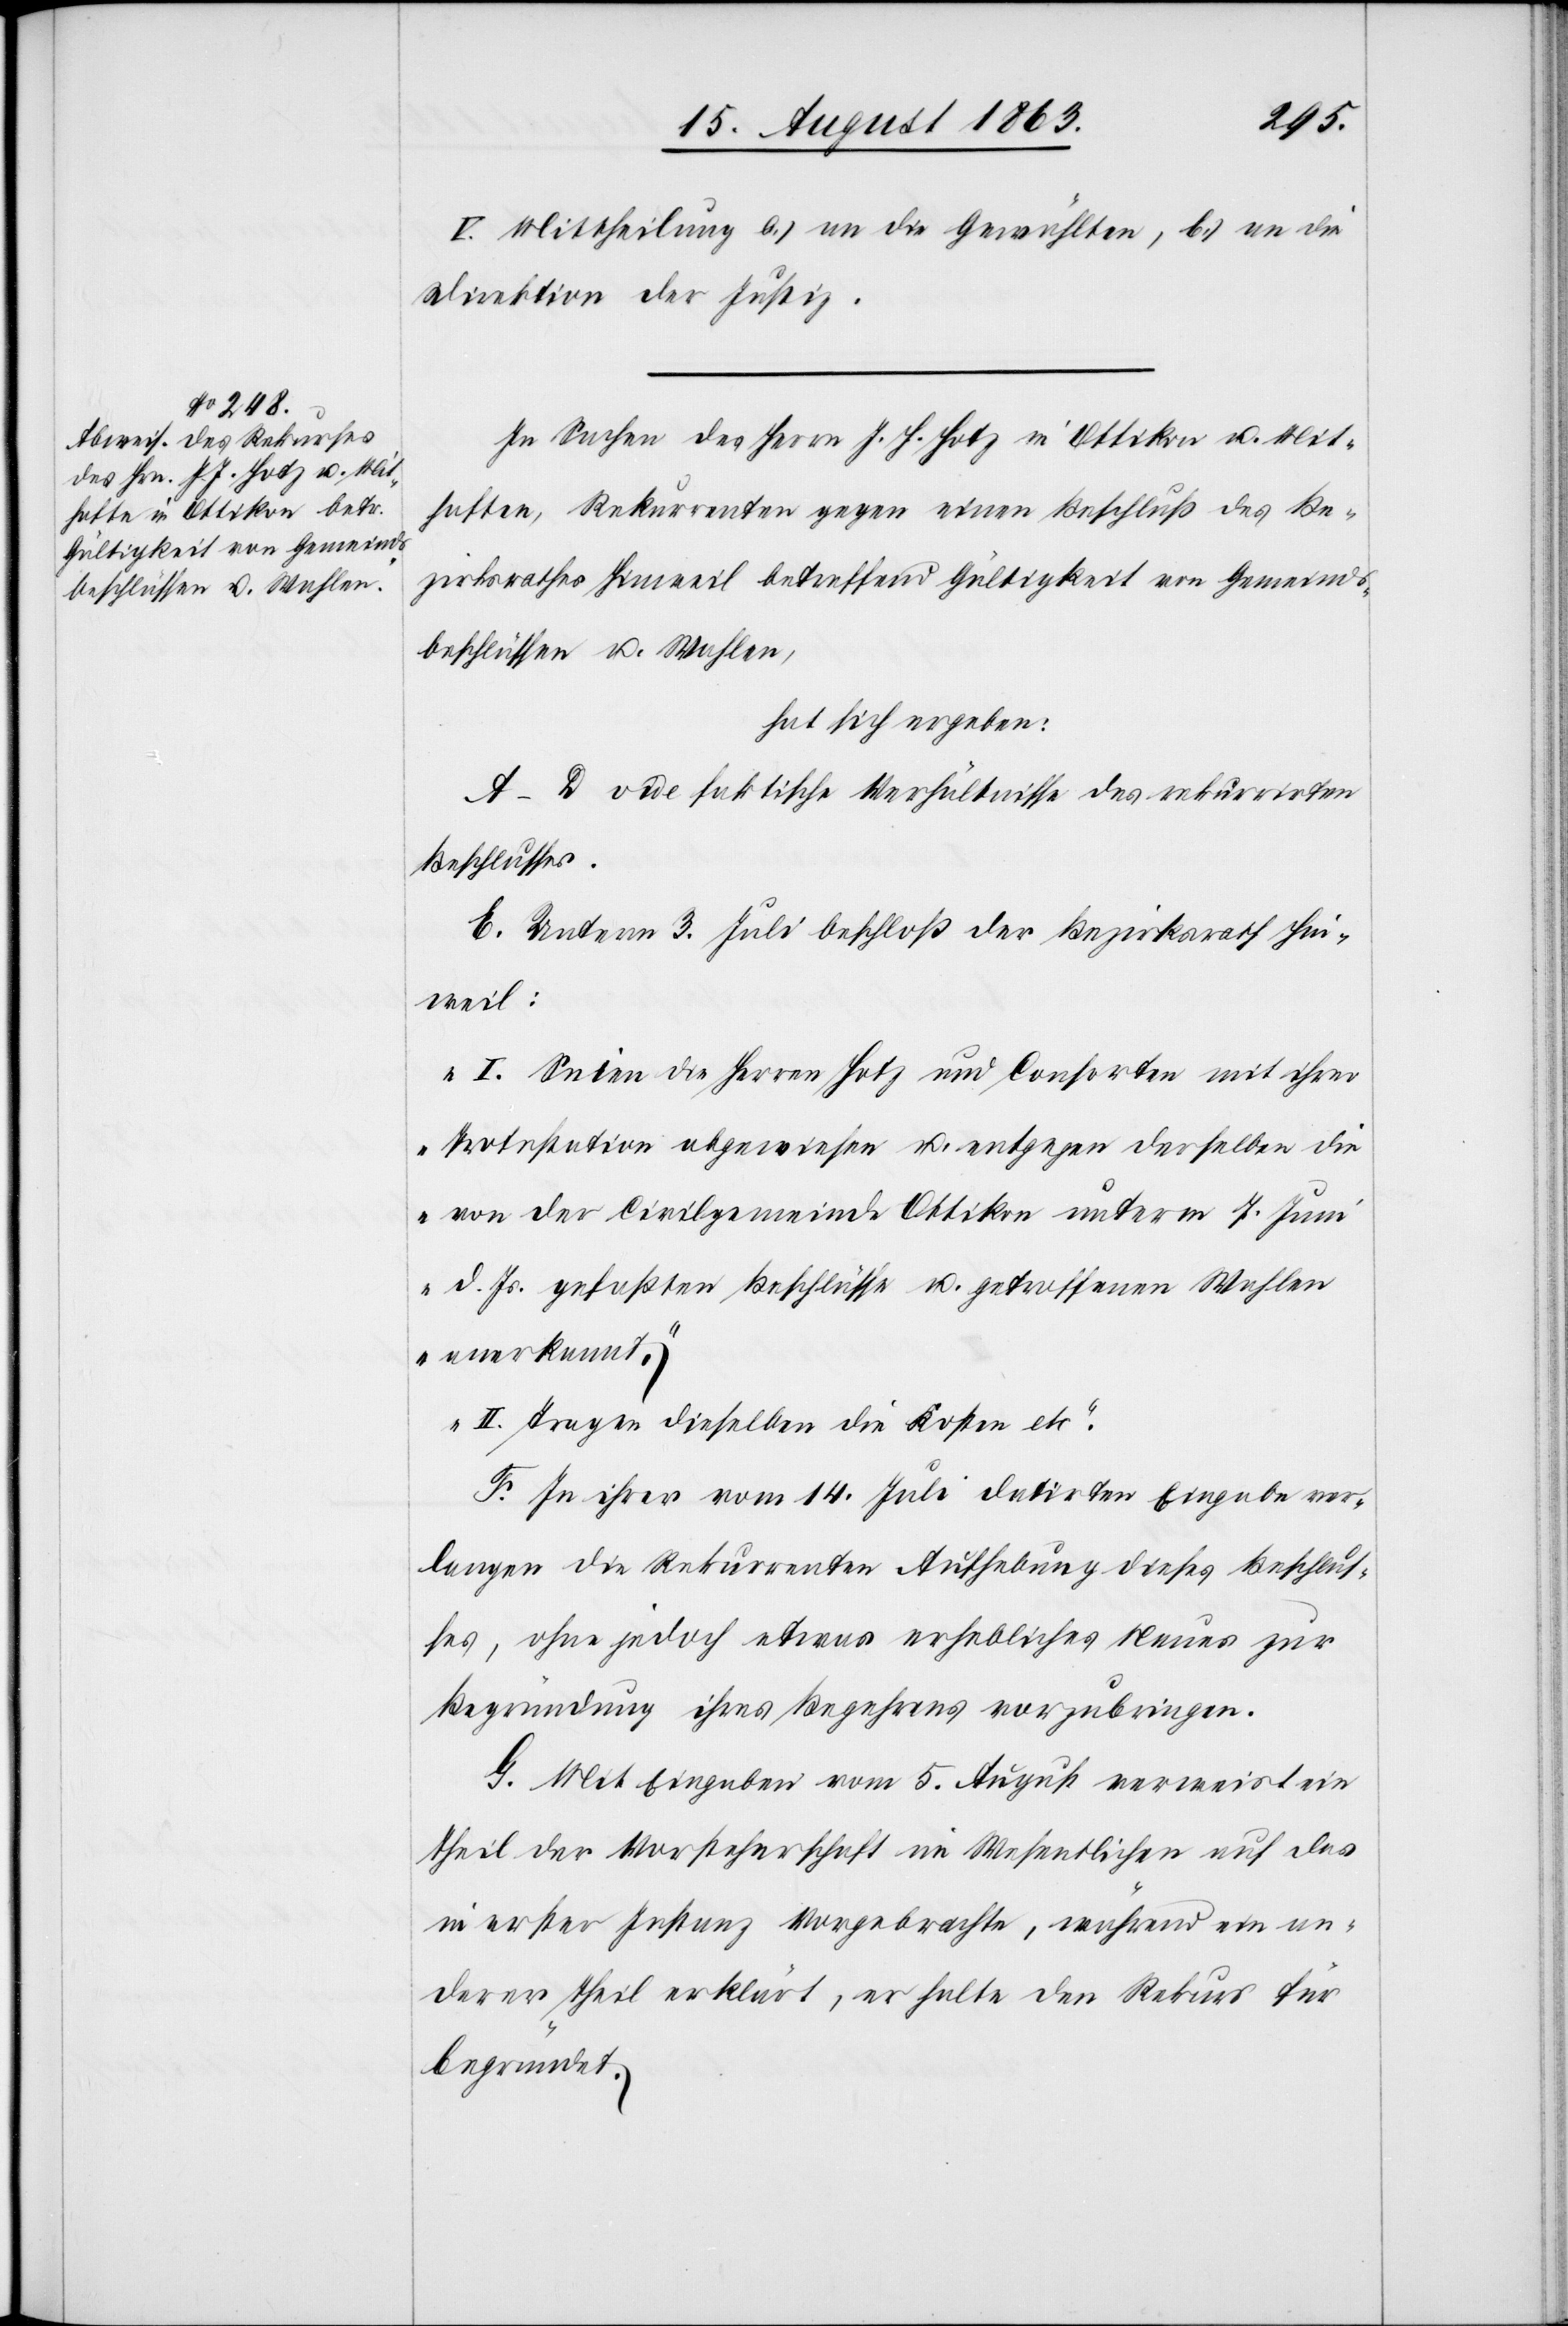
V. Mittheilung a.) an die Gewählten, b.) an die
Direktion der Justiz.
In Sachen des Herrn J. H. [sic!] Hotz in Ottikon u. Mit¬
haften, Rekurrenten gegen einen Beschluß des Be¬
zirksrathes Hinweil betreffend Gültigkeit von Gemeinds¬
beschlüssen u. Wahlen,
hat sich ergeben:
A–D vide faktische Verhältnisse des rekurrirten
Beschlusses.
E. Unterm 3. Juli beschloß der Bezirksrath Hin¬
weil:
„I. Seien die Herren Hotz und Consorten mit ihrer
Protestation abgewiesen u. entgegen derselben die
von der Civilgemeinde Ottikon unterm 7. Jun¬
i d. Js. gefaßten Beschlüsse u. getroffenen Wahlen
anerkannt.
II. Tragen dieselben die Kosten etc.“
F. In ihrer vom 14. Juli datirten Eingabe ver¬
langen die Rekurrenten Aufhebung dieses Beschlus¬
ses, ohne jedoch etwas erhebliches Neues zur
Begründung ihres Begehrens vorzubringen.
G. Mit Eingabe vom 5. August verweist ein
Theil der Vorsteherschaft im Wesentlichen auf das
in erster Instanz Vorgebrachte, während ein an¬
derer Theil erklärt, er halte den Rekurs für
begründet.